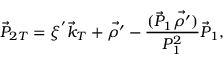
\vec { P } _ { 2 T } = \xi ^ { ' } { \vec { k } } _ { T } + \vec { \rho ^ { \prime } } - { \frac { ( \vec { P } _ { 1 } \vec { \rho ^ { \prime } } ) } { P _ { 1 } ^ { 2 } } } \vec { P } _ { 1 } ,